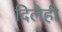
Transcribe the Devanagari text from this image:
दिलेही